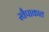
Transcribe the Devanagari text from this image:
स्वैपाकात